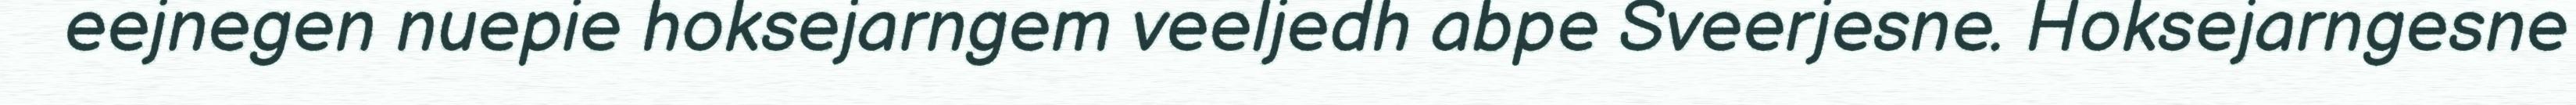
eejnegen nuepie hoksejarngem veeljedh abpe Sveerjesne. Hoksejarngesne